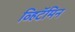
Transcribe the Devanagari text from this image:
व्हिटॅमिन